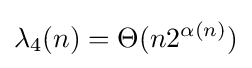
\lambda _{4}(n)=\Theta (n2^{\alpha (n)})